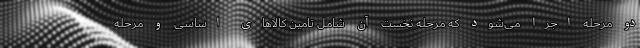
دو مرحله اجرا می‌شود که مرحله نخست آن شامل تامین کالاهای اساسی و مرحله